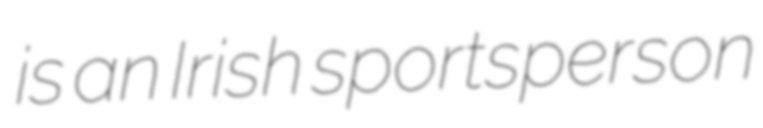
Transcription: is an Irish sportsperson